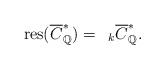
LaTeX: \begin{align*}\mathrm{res}(\overline{C}^*_{\mathbb{Q}})= \,\ _k\overline{C}^*_{\mathbb{Q}}.\end{align*}